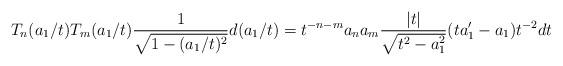
LaTeX: \begin{align*} T_n(a_1/t)T_m(a_1/t)\frac{1}{\sqrt{1-(a_1/t)^2}} d(a_1/t)& = t^{-n-m}a_na_m\frac{|t|}{\sqrt{t^2-a_1^2}} (ta_1'-a_1)t^{-2}dt \end{align*}